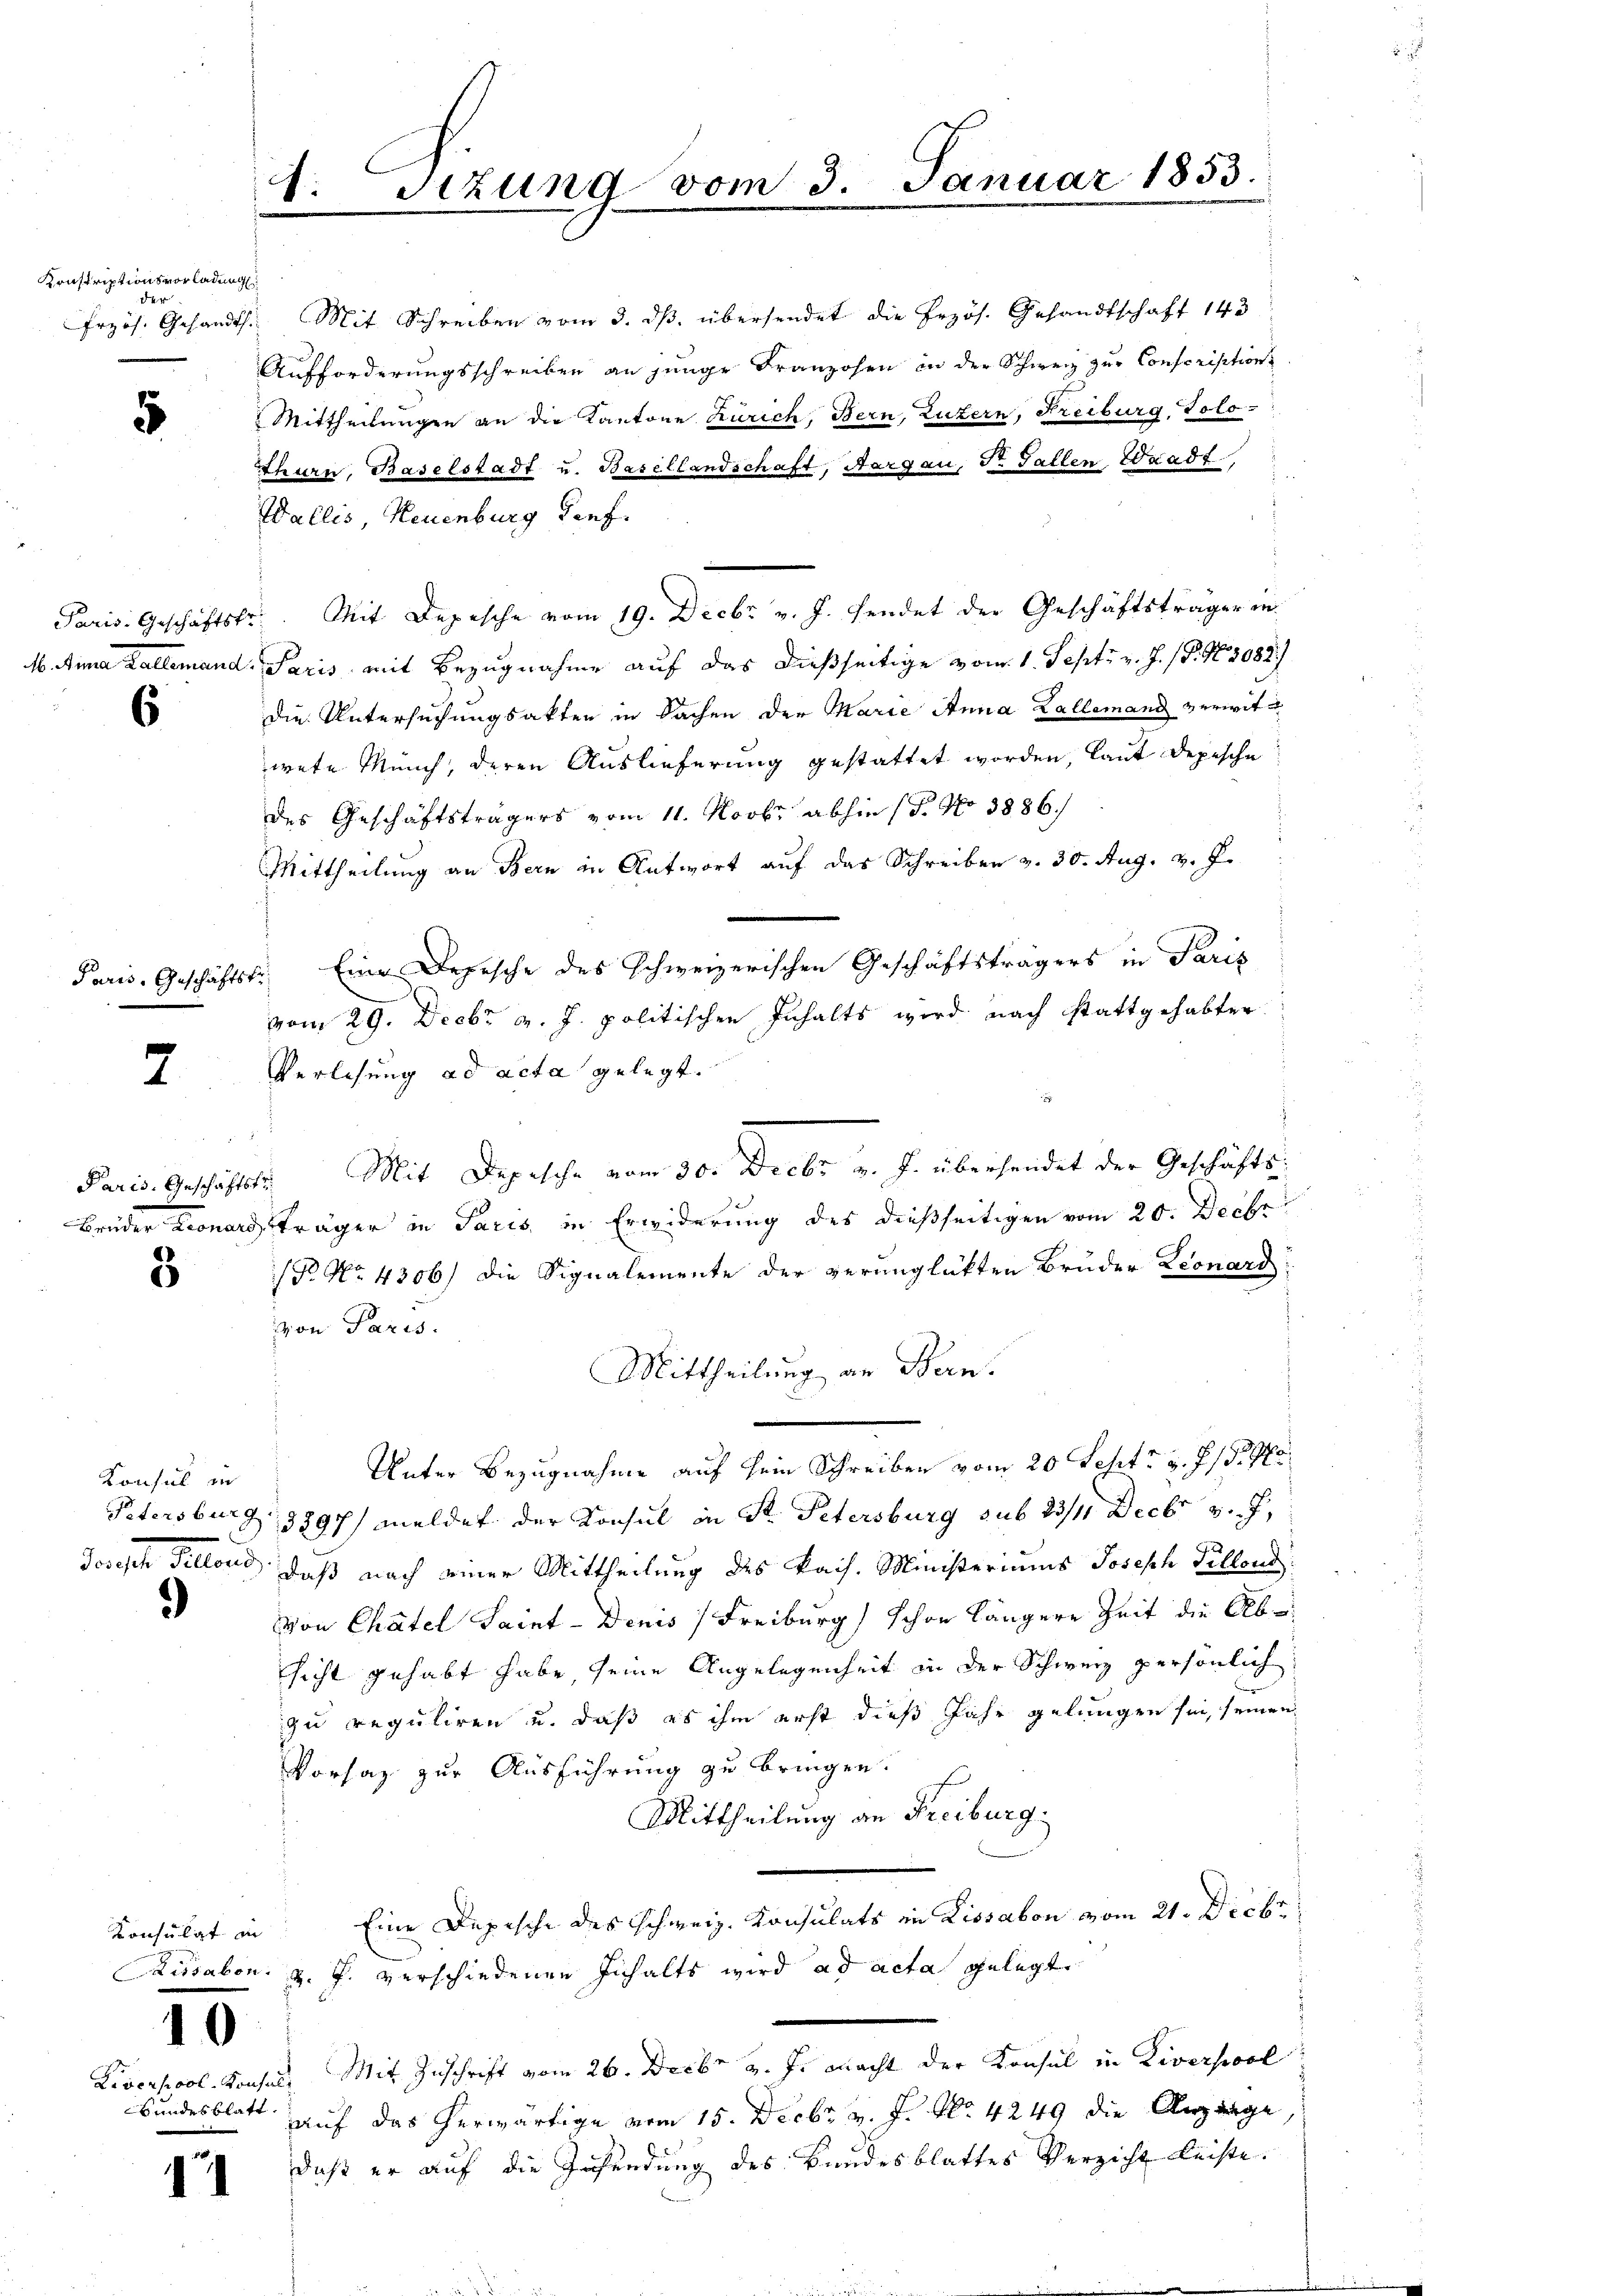
Krnskriptionsvorladung:
der

s

6

thurn, Baselstadt u. Basellandschaft, Aargau, Dr. Fallen Waadt,
.
Wallis, Neuenburg Genf.
Paris. Geschäftstr. Mit Depesche vom 19. Decbr v. J. sendet der Geschäftsträger in
M. Anna Kallemand Paris mit Bezugnahme auf das dießseitige vom 1. Sept. v. J. P. Nr. 3082)
die Untersuchungsakten in Sachen der Marie Anna Kallemand verwitwete Münch, deren Auslieferung gestattet worden, laut Depesche
des Geschäftsträgers vom 11. Novbr. abhin (S. No 3886.
d
Mittheilung an Bern in Antwort auf das Schreiben v. 30. Aug. v. J.
Paris, Geschäftstr. Eine Depesche des schweizerischen Geschäftsträgers in Paris
vom 29. Decbr v. J. politischen Inhalts wird nach stattgehabter
Verlesung ad acta gelegt.
Mit Depesche vom 30. Decbr v. J. übersendet der Geschäfts¬
Paris. Geschäftstu
Brüder Leonardsträger in Paris, in Erwiderung des dießseitigen vom 20. Decbr
/Pr. No. 4306) die Signalemente der verunglükten Bruder Leonard
3
von Paris.
Mittheilung an Bern.
Unter Bezugnahme auf sein Schreiben vom 20. Lehrt, d. Js.
Konsul in
Petersburg 1897/ meldet der Konsul in St. Petersburg sub 23/4 Decbr v. J.
Joseph Pillond, daß nach einer Mittheilung des kais. Ministeriums Joseph Fellend
)
von Chatel Saint-Denis Freiburg schon längere Zeit die Absicht gehabt habe, seine Angelegenheit in der Schweiz persönlich
zu reguliren u. daß es ihm erst dieß Jahr gelungen sei, seinen
Vorsaz zur Ausführung zu bringen.
Mittheilung an Freiburg.
Eine Depische des Schweiz. Konsulats in Lissabon vom 21. Decbr
Konsulat in
issabon. v. J. verschiedenen Inhalts wird ad acta gelegt
10
Mit Zuschrift vom 26. Decbr v. J. macht der Konsul in Liverpool
Liversicol-Konsuls
Bundesblatt
auf das herwärtige vom 15. Decbr. v. J. No 4249 die Anzeige
daß er auf die Zusendung des Bundesblattes Verzicht Leiste.
.

7

1. Sizung vom 3. Januar 1853.

Przös. Gesandt. Mit Schreiben vom 3. ds. übersendet die Erzös. Gesandtschaft 143
Aufforderungsschreiben an junge Franzosen in der Schweiz zur Conscription
Mittheilungen an die Kantone Zürich, Bern, Luzern, Freiburg, Tolo-